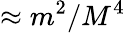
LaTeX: \approx m^{2}/M^{4}